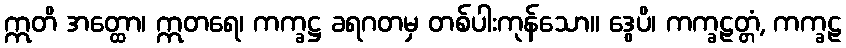
ဣတိ အတ္ထော၊ ဣတရေ၊ ကက္ခဋ္ဌ ခရဂတမှ တစ်ပါးကုန်သော။ ဒွေပိ၊ ကက္ခဠတ္တံ, ကက္ခဠ